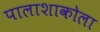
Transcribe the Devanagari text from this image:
पालाशाकोला